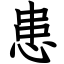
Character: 患